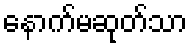
နောက်မဆုတ်သာ